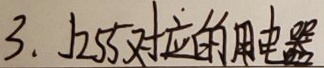
3. J255对应的用电器